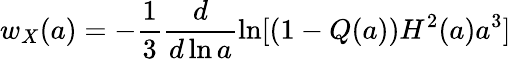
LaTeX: w_{X}(a)=-\frac{1}{3}\frac{d}{d\ln a}\ln[(1-Q(a))H^{2}(a)a^{3}]